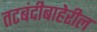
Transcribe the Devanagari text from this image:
तटबंदीबाहेरील